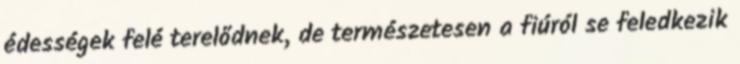
édességek felé terelődnek, de természetesen a fiúról se feledkezik